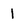
Character: 1